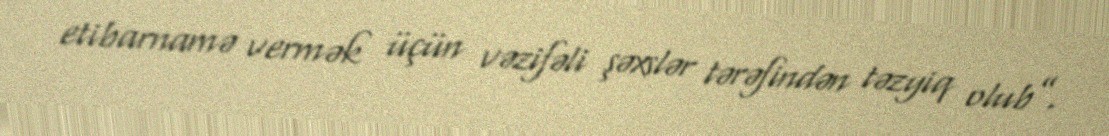
etibarnamə vermək üçün vəzifəli şəxslər tərəfindən təzyiq olub”.